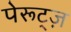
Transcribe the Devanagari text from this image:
पेरूट्ज़